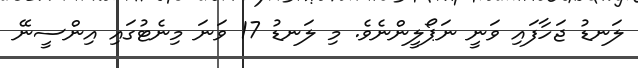
ލަނޑު ޖަހާފައި ވަނީ ނަޕޯލީންނެވެ. މި ލަނޑު 17 ވަނަ މިނެޓުގައި އިންސީނޭ